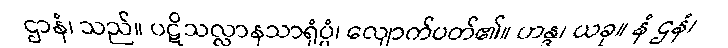
ဌာနံ၊ သည်။ ပဋိသလ္လာနသာရုံပ္ပံ၊ လျောက်ပတ်၏။ ဟန္ဒ၊ ယခု။ နံ ဌနံ၊